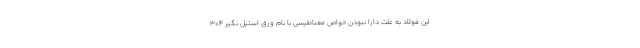
این فولاد به علت دارا نبودن خواص مغناطیسی با نام ورق استیل نگیر 304